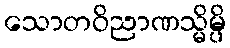
သောတဝိညာဏသ္မိမ္ပိ